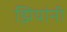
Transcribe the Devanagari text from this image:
झियांनी